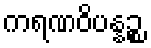
ကရဏဝိပန္နဉ္စ